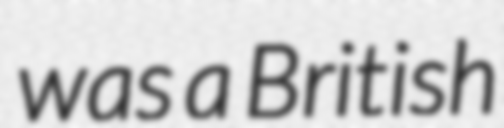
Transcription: was a British